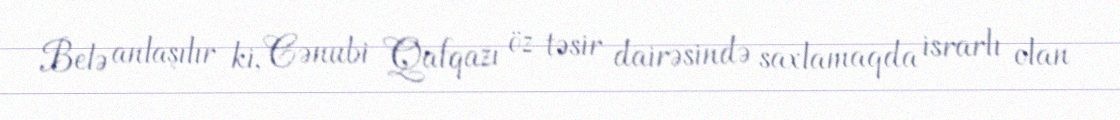
Belə anlaşılır ki, Cənubi Qafqazı öz təsir dairəsində saxlamaqda israrlı olan